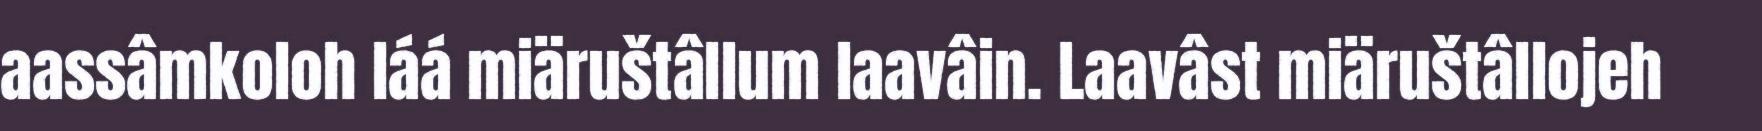
aassâmkoloh láá miäruštâllum laavâin. Laavâst miäruštâllojeh